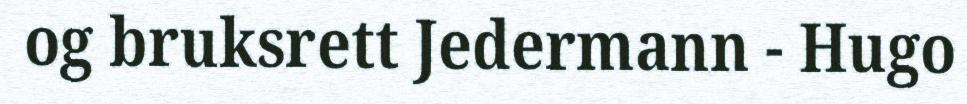
og bruksrett Jedermann - Hugo